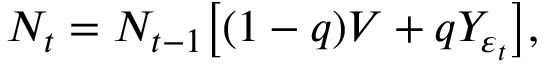
N _ { t } = N _ { t - 1 } \big [ ( 1 - q ) V + q Y _ { \varepsilon _ { t } } \big ] ,